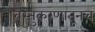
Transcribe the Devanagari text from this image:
वस्तुकरणातूनच